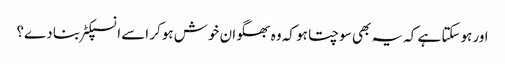
اور ہوسکتا ہے کہ یہ بھی سوچتا ہو کہ وہ بھگوان خوش ہوکر اسے انسپکٹر بنا دے؟